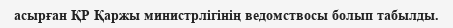
асырған ҚР Қаржы министрлігінің ведомствосы болып табылды.